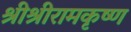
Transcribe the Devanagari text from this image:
श्रीश्रीरामकृष्ण